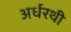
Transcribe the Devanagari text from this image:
अर्धरथी